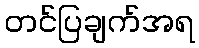
တင်ပြချက်အရ